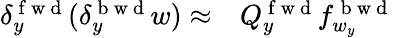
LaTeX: \begin{array}{rl}{\delta_{y}^{\mathrm{~f~w~d~}}(\delta_{y}^{\mathrm{~b~w~d~}}w)\approx}&{{}Q_{y}^{\mathrm{~f~w~d~}}f_{w_{y}}^{\mathrm{~b~w~d~}}}\end{array}